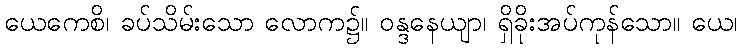
ယေကေစိ၊ ခပ်သိမ်းသော လောက၌။ ဝန္ဒနေယျာ၊ ရှိခိုးအပ်ကုန်သော။ ယေ၊